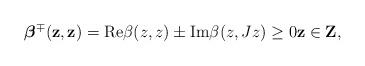
LaTeX: \begin{align*}\boldsymbol{\beta }^{\mp }\mathbf{(z,z)}=\mathrm{Re}\beta (z,z)\pm \mathrm{Im}\beta (z,Jz)\geq 0\mathbf{z\in Z,} \end{align*}